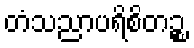
တံသညာပရိစိတဉ္စ